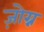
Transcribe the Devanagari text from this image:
ज़ोग्न